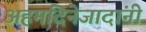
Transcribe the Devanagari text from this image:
अहमदिनेजादांनी